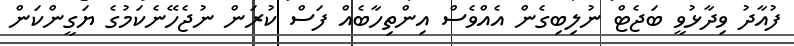
ފުއާދު ވިދާޅުވީ ބަޖެޓް ނުލިބިގެން އެއްވެސް އިންތިހާބެއް ފަސް ކުރަން ނުޖެހޭނެކަމުގެ ޔަގީންކަން